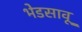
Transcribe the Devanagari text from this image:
भेडसावू